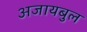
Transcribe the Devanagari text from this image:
अजायबुल